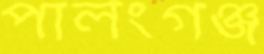
পালংগঞ্জ